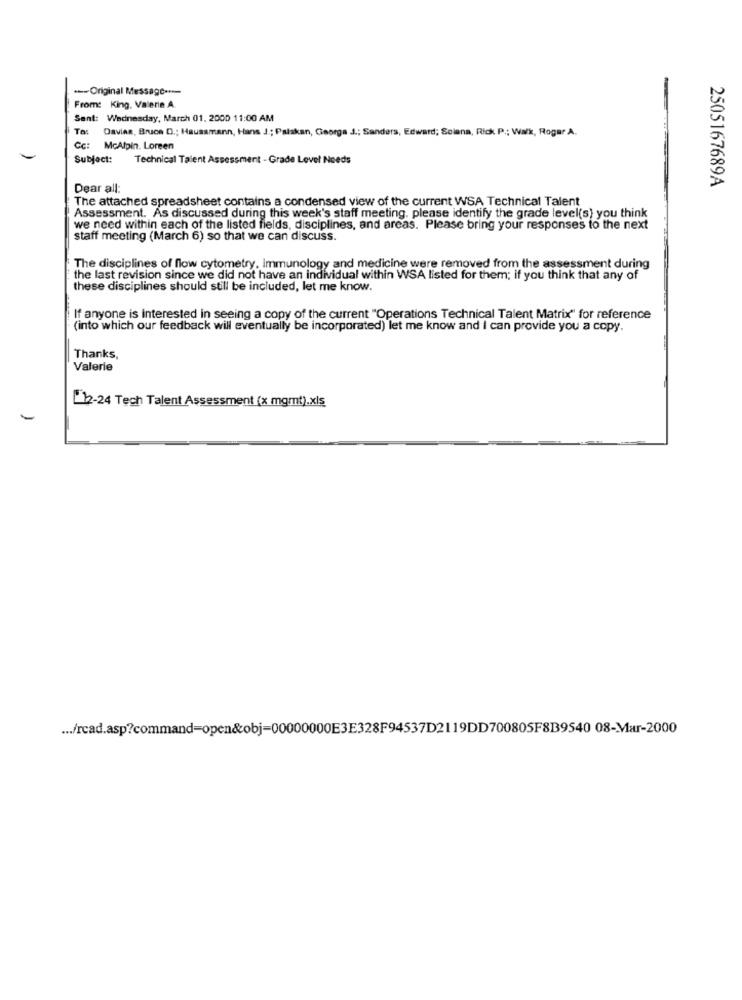
--- Original Message ***-
From: King. Valerie A.
Sent: Wednesday, March 01. 2000 11:00 AM
To: Davies, Bruce D .; Haussmann, Hans J .; Palakan, Georga J .; Sanders, Edward; Selena, Rick. P .; Walk, Roger A.
Cc: McAlpin. Loreen
Subject:
Technical Talent Assessment - Grade Level Needs
2505167689A
Dear all:
The attached spreadsheet contains a condensed view of the current WSA Technical Talent
Assessment. As discussed during this week's staff meeting. please identify the grade level(s) you think
we need within each of the listed fields, disciplines, and areas. Please bring your responses to the next
staff meeting (March 6) so that we can discuss.
The disciplines of flow cytometry. Immunology and medicine were removed from the assessment during
the last revision since we did not have an individual within WSA listed for them; if you think that any of
these disciplines should still be included, let me know.
If anyone is interested in seeing a copy of the current "Operations Technical Talent Matrix" for reference
(into which our feedback will eventually be incorporated) let me know and I can provide you a copy.
Thanks,
Valerie
[12-24 Tech Talent Assessment (x mgmt).xls
... /rcad.asp?command=open&obj=00000000E3E328F94537D2119DD700805F8B9540 08-Mar-2000